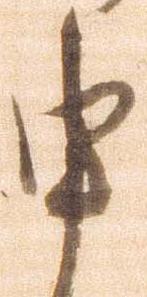
申